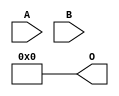
// This program was cloned from: https://github.com/ehw-fit/evoapproxlib
// License: MIT License

/***
* This code is a part of EvoApproxLib library (ehw.fit.vutbr.cz/approxlib) distributed under The MIT License.
* When used, please cite the following article(s): V. Mrazek, L. Sekanina, Z. Vasicek "Libraries of Approximate Circuits: Automated Design and Application in CNN Accelerators" IEEE Journal on Emerging and Selected Topics in Circuits and Systems, Vol 10, No 4, 2020 
* This file contains a circuit from a sub-set of pareto optimal circuits with respect to the pwr and mre parameters
***/
// MAE% = 24.12 %
// MAE = 1976 
// WCE% = 96.50 %
// WCE = 7905 
// WCRE% = 100.00 %
// EP% = 96.50 %
// MRE% = 100.00 %
// MSE = 70690.462e2 
// PDK45_PWR = 0.000 mW
// PDK45_AREA = 0.0 um2
// PDK45_DELAY = 0.00 ns

module mul8x5u_541 (
    A,
    B,
    O
);

input [7:0] A;
input [4:0] B;
output [12:0] O;
assign O[12] = 1'b0;
assign O[11] = 1'b0;
assign O[10] = 1'b0;
assign O[9] = 1'b0;
assign O[8] = 1'b0;
assign O[7] = 1'b0;
assign O[6] = 1'b0;
assign O[5] = 1'b0;
assign O[4] = 1'b0;
assign O[3] = 1'b0;
assign O[2] = 1'b0;
assign O[1] = 1'b0;
assign O[0] = 1'b0;

endmodule